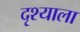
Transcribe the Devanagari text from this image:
दृश्याला